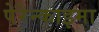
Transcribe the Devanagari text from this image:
पेरेन्काइमा